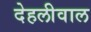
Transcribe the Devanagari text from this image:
देहलीवाल